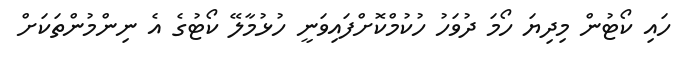
ހައި ކޯޓުން މިދިޔަ ހޯމަ ދުވަހު ހުކުމްކޮށްފައިވަނީ ހުޅުމާލޭ ކޯޓުގެ އެ ނިންމުންތަކަށް